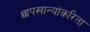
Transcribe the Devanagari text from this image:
छापखान्यांकरिता